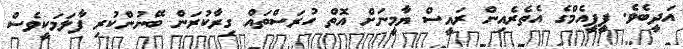
އަދީބެވެ. ޕީޕީއެމްގެ އެތެރެއިން ރައީސް ޔާމީނަށް އޮތް ހުރަސްތައް ގިރާކުރަން ބޭނުންކުރި ފާލަމަކީވެސް